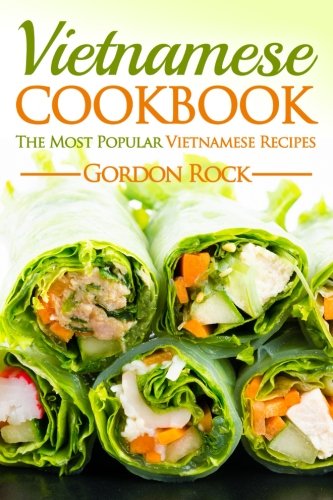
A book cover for Vietnamese Cookbook: The Most Popular Vietnamese Recipes; Gordon Rock; Cookbooks, Food & Wine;